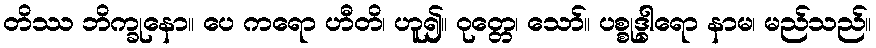
တိဿ ဘိက္ခုနော။ ပေ ကရော ဟီတိ၊ ဟူ၍။ ဝုတ္တေ၊ သော်။ ပစ္စုဒ္ဓါရော နာမ၊ မည်သည်။